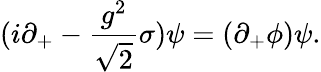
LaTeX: {(i\partial_{+}-{\frac{g^{2}}{\sqrt{2}}}\sigma)\psi=(\partial_{+}\phi)\psi.}